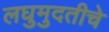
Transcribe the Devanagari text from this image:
लघुमुदतीचे